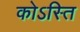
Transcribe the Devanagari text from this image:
कोऽस्ति